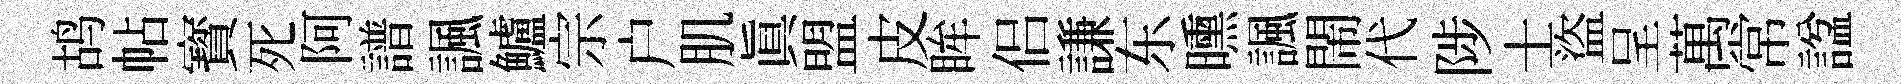
鸪帖寳死阿譜諷鱸宗户肌眞盟皮眸侣謙东曛諷閙代陟士盜呈萬常諡